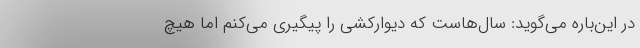
در این‌باره می‌گوید: سال‌هاست که دیوارکشی را پیگیری می‌کنم اما هیچ